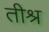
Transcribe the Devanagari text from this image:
तीश्र